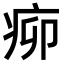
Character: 𤵠